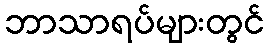
ဘာသာရပ်များတွင်